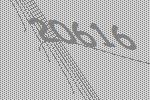
20616